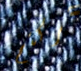
تركتم